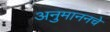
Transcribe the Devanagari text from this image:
अनुमाननचे